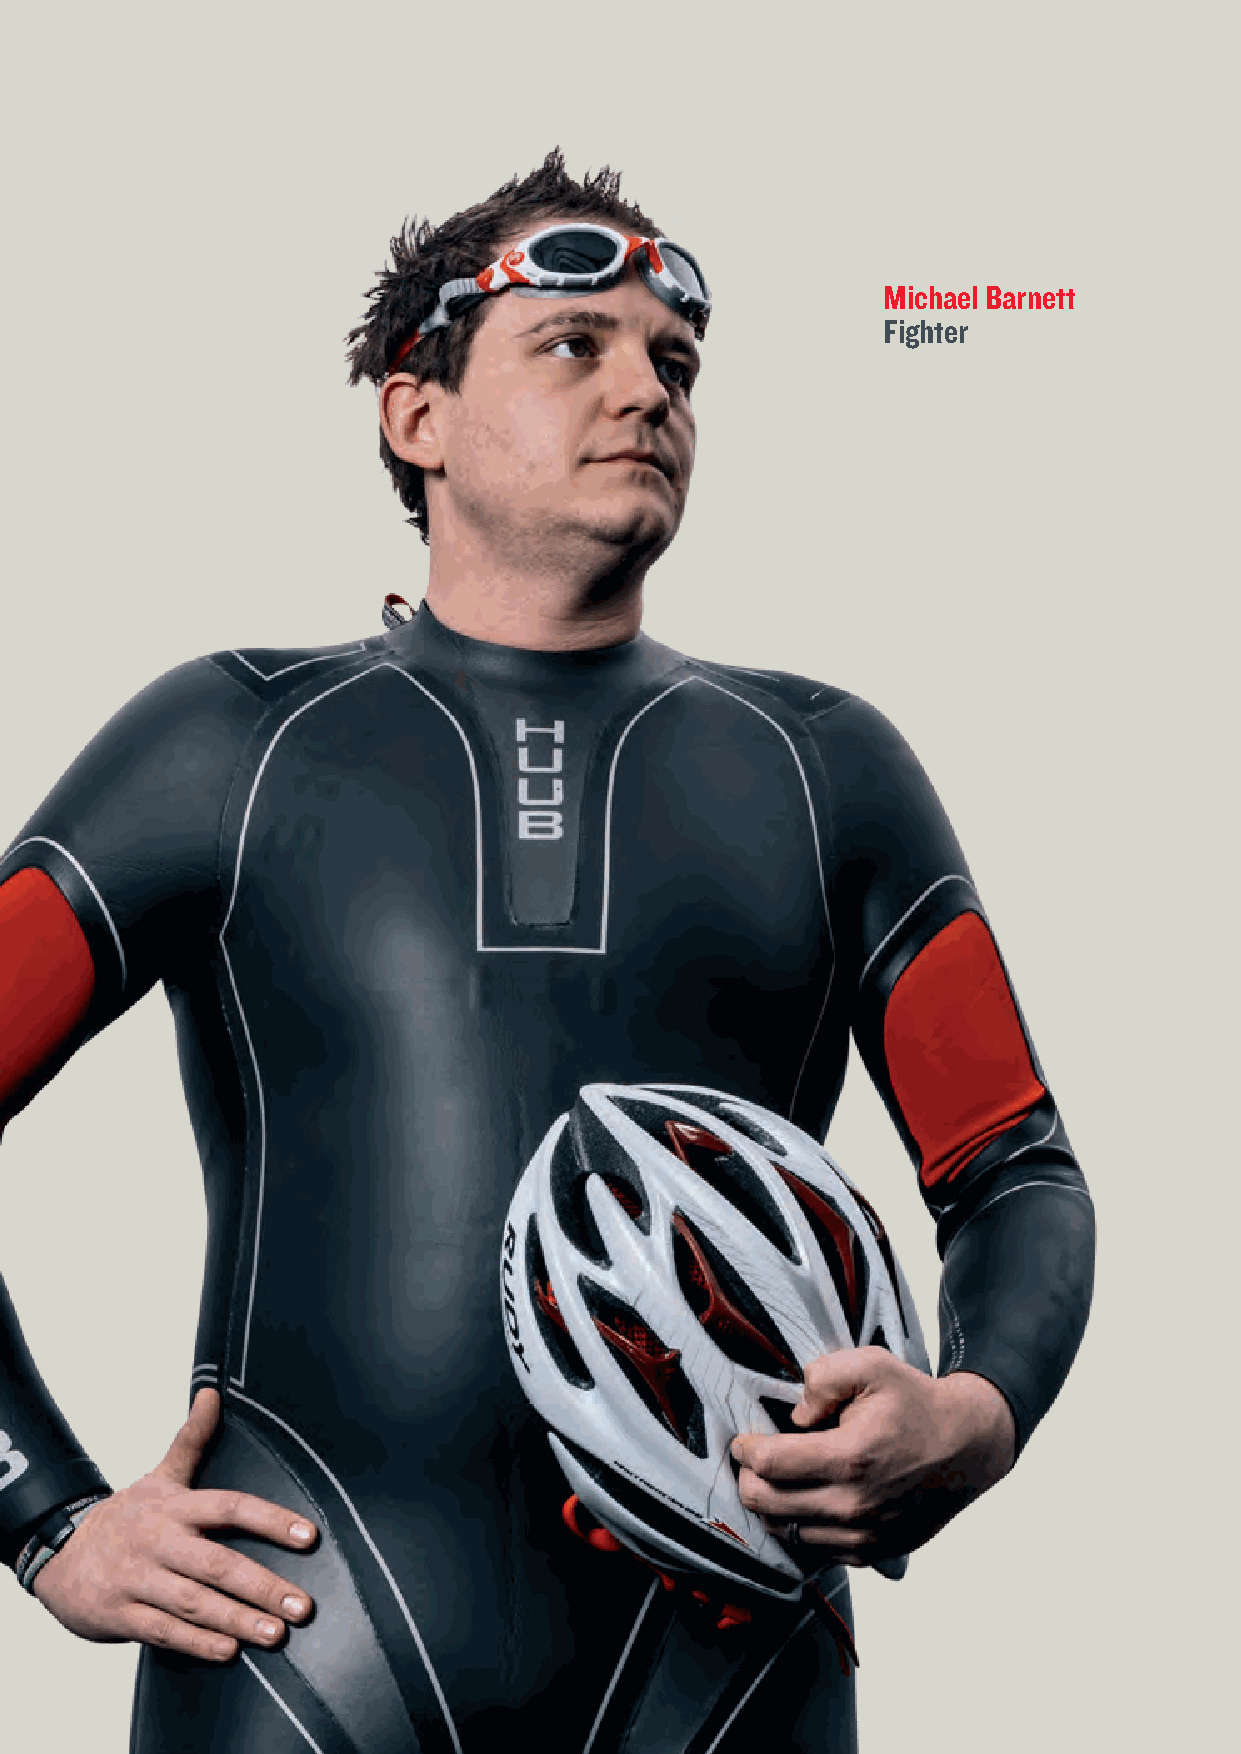
Michael Barnett
 Fighter